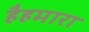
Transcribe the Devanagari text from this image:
हैहमारा